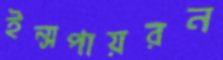
ইন্সপায়রন